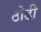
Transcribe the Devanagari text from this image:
ठोढी़